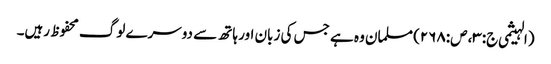
(الہیثمی ج:۳، ص:۲۶۸) مسلمان وہ ہے جس کی زبان اور ہاتھ سے دوسرے لوگ محفوظ رہیں۔